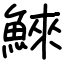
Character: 鯠